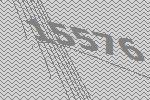
15576